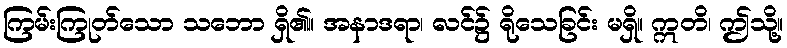
ကြမ်းကြုတ်သော သဘော ရှိ၏။ အနာဒရာ၊ လင်၌ ရိုသေခြင်း မရှိ။ ဣတိ၊ ဤသို့။